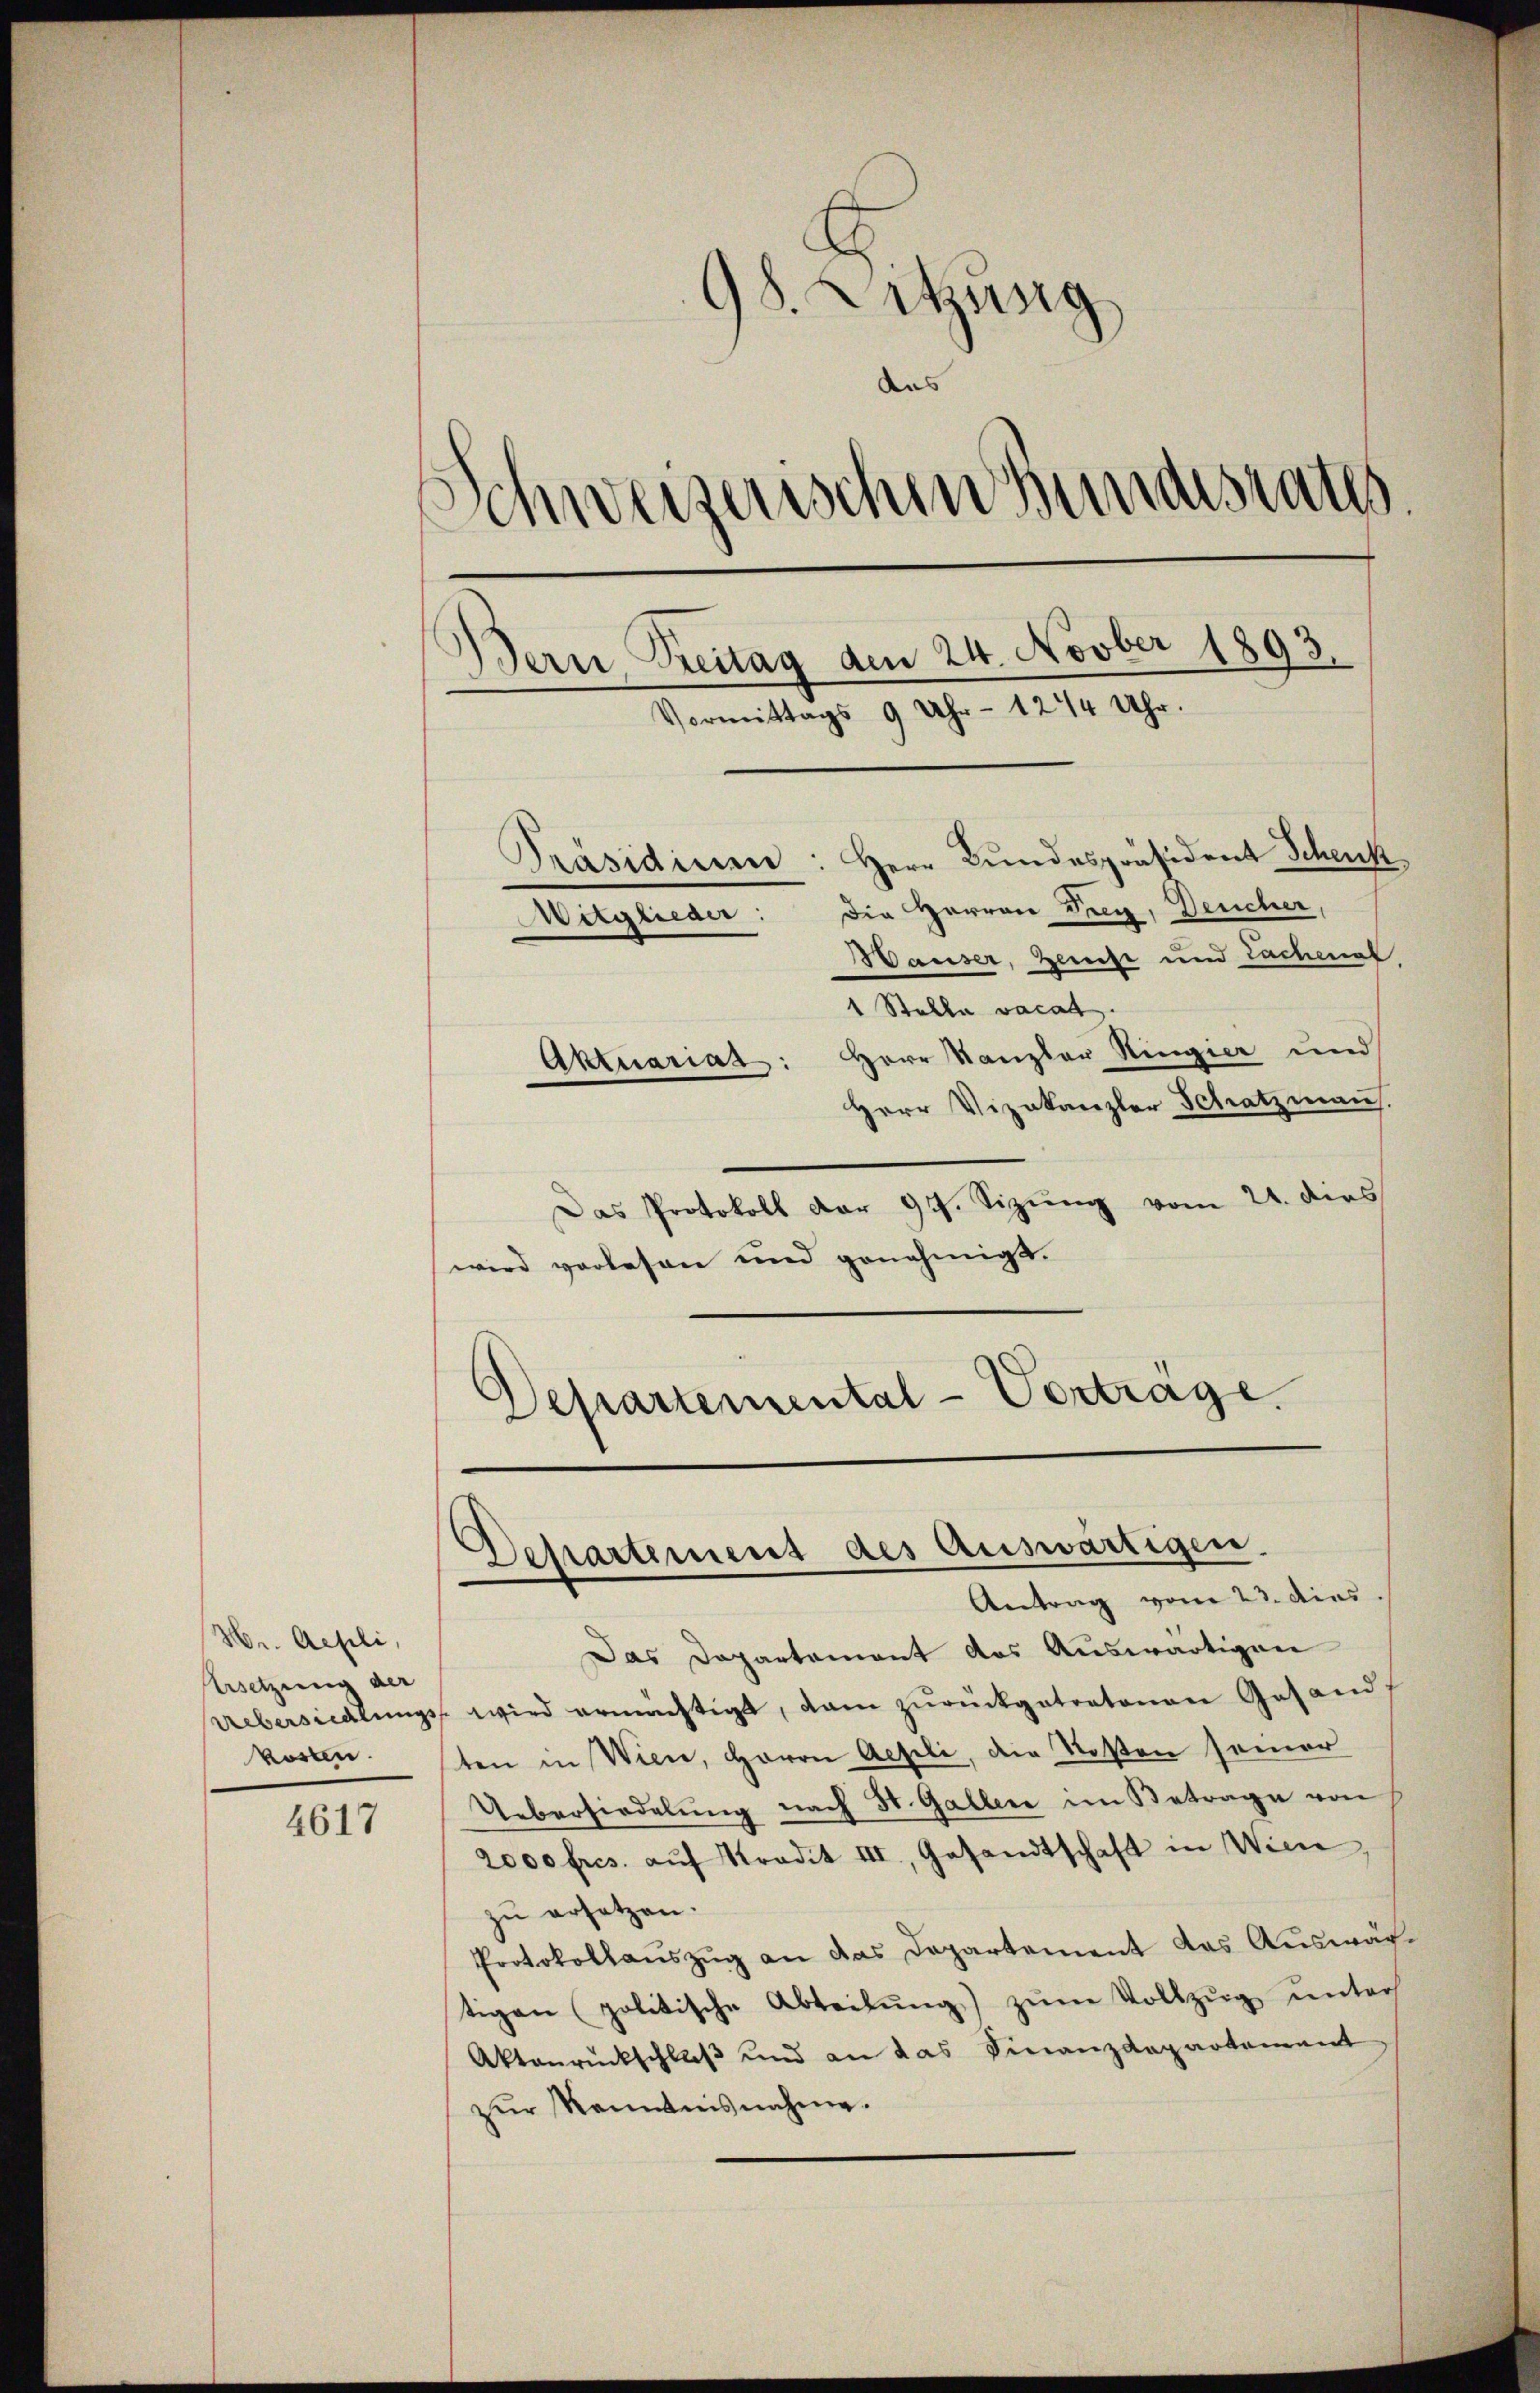
Hr. Aefli,
Ersetzung der
kosten.

4617

98. Letzung
weizerischenhundesrates.
Sch
Bern, Breitag den 24. Novber 1893.
Uhr - 1244 Uhr.
.
ittags
d
Präsidium: Herr Bundespräsident Schenk
Mitglieder: Die Herren Frey, Deucher,
Wauser, Zerst und Lachmal

Departemental-Vertrage
Departement des Auswärtigen.
Antrag vom 23. dies

1 Stalla vacat.
Aktuariat: Herr Kanzler Ringier und
Herr Vizekanzler Schatzmann.
Das Protokoll dar 97. Sizung vom 21. dies
wird vorlesen und genehmigt.
Das Departement das Auswärtigen
Uebersiedlungs wird ermächtigt, dan zurückgetratenen Gesandten in Wien, Herrn Geseli, die Rosen seiner
Uebersiedelung nach St. Gallen im Betrage von
2000 frs. aŭf Kredit III, Gesandtschaft in Wien,
zu ersetzen.
Protokollauszug an das Departement das Auswächtigen (politische Abteilŭng zŭm Vollzŭg ŭnter
Aktanrückschluß und an das Finanzdepartement
zŭr Kenntnisnahme.